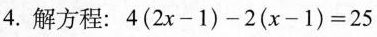
4.解方程：$$4 ( 2 x - 1 ) - 2 ( x - 1 ) = 2 5$$